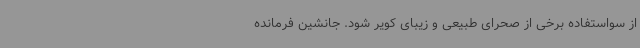
از سواستفاده برخی از صحرای طبیعی و زیبای کویر شود. جانشین فرمانده